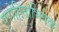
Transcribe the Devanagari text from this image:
पुरोहिताभिषेक